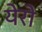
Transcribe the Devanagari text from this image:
येरो